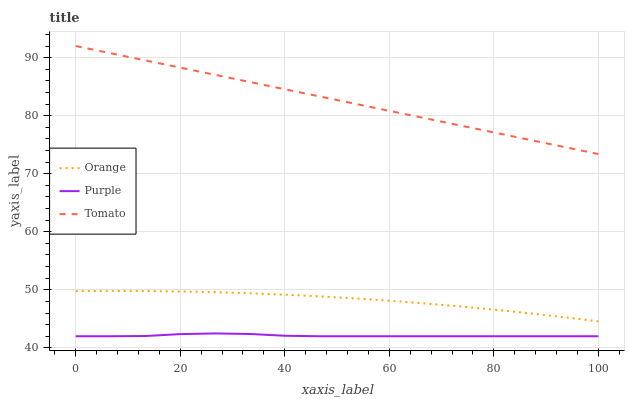
| xaxis_label | Orange | Purple | Tomato |
 | --- | --- | --- | --- |
 | 0 | 49.8 | 42 | 92 |
 | 6.67 | 49.8 | 42 | 90.8 |
 | 13.3 | 49.8 | 42 | 89.5 |
 | 20 | 49.7 | 42.4 | 88.3 |
 | 26.7 | 49.6 | 42.5 | 87 |
 | 33.3 | 49.4 | 42.4 | 85.8 |
 | 40 | 49.2 | 42.1 | 84.6 |
 | 46.7 | 48.9 | 42 | 83.3 |
 | 53.3 | 48.5 | 42 | 82.1 |
 | 60 | 48.1 | 42 | 80.8 |
 | 66.7 | 47.7 | 42 | 79.6 |
 | 73.3 | 47.2 | 42 | 78.4 |
 | 80 | 46.6 | 42 | 77.1 |
 | 86.7 | 46 | 42 | 75.9 |
 | 93.3 | 45.3 | 42 | 74.6 |
 | 100 | 44.6 | 42 | 73.4 |